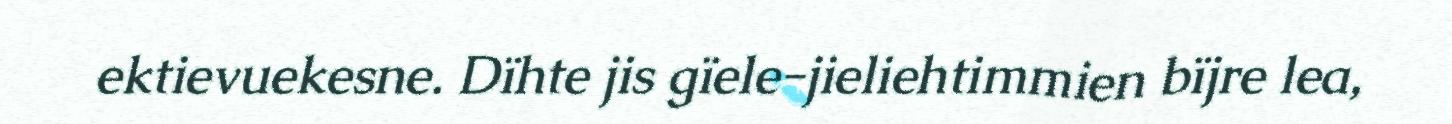
ektievuekesne. Dïhte jis gïele-jieliehtimmien bïjre lea,